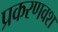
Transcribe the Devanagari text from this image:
प्रकरणवश